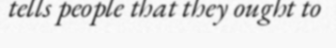
tells people that they ought to